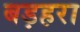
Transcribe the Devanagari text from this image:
बड़हरा